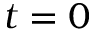
t = 0